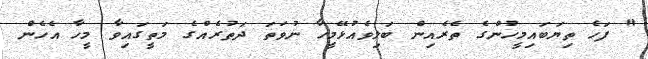
" ފަހެ ތިޔަބައިމީހުންގެ ތެރެއިން ބަލިވެއުޅޭމީހާ ނުވަތަ ދަތުރެއްގެ މަތީގައިވާ މީހާ އެހެން